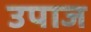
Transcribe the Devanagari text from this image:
उपाज